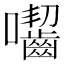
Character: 囓